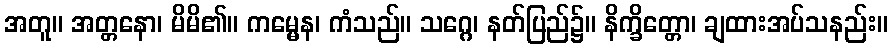
အတူ။ အတ္တနော၊ မိမိ၏။ ကမ္မေန၊ ကံသည်။ သဂ္ဂေ၊ နတ်ပြည်၌။ နိက္ခိတ္တော၊ ချထားအပ်သနည်း။